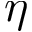
\eta